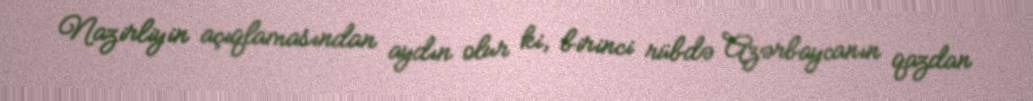
Nazirliyin açıqlamasından aydın olur ki, birinci rübdə Azərbaycanın qazdan